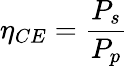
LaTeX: \eta_{CE}=\frac{P_{s}}{P_{p}}